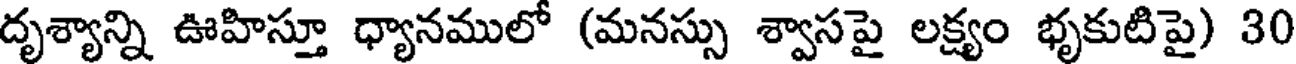
దృశ్యాన్ని ఊహిస్తూ ధ్యానములో (మనస్సు శ్వాసపై లక్ష్యం భృకుటిపై) 30